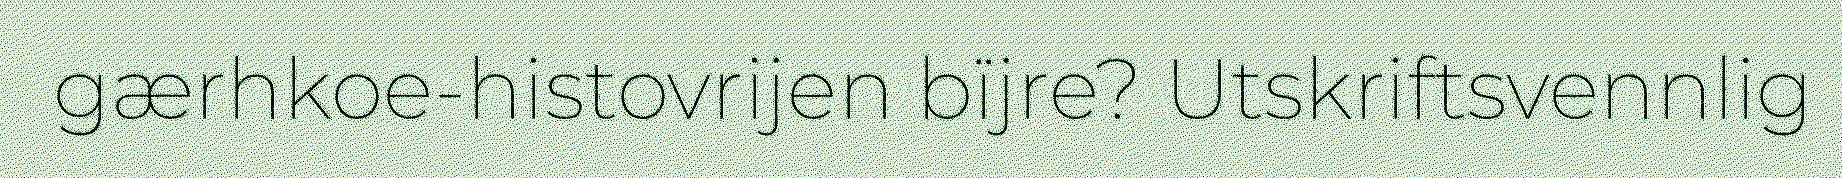
gærhkoe-histovrijen bïjre? Utskriftsvennlig